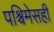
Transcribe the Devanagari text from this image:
पश्चिमेसही